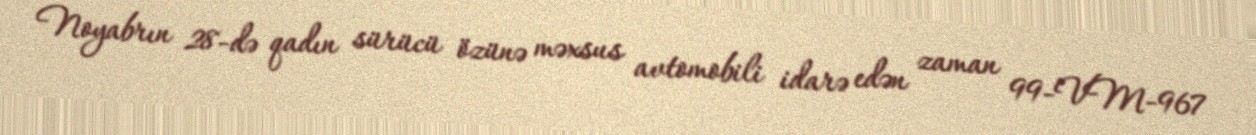
Noyabrın 28-də qadın sürücü özünə məxsus avtomobili idarə edən zaman 99-VM-967